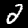
Label: 2